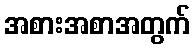
အစားအစာအတွက်